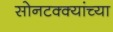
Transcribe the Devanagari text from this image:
सोनटक्क्यांच्या